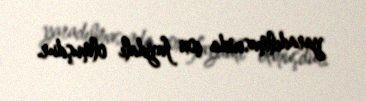
yaradılmasında çox faydalı olmuşdur.